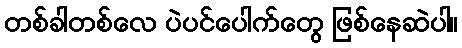
တစ်ခါတစ်လေ ပဲပင်ပေါက်တွေ ဖြစ်နေဆဲပါ။